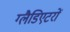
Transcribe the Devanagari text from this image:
ग्लैडिएटरों